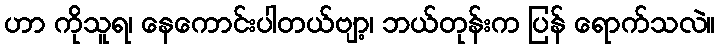
ဟာ ကိုသူရ၊ နေကောင်းပါတယ်ဗျာ့၊ ဘယ်တုန်းက ပြန် ရောက်သလဲ။